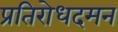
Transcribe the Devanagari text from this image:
प्रतिरोधदमन